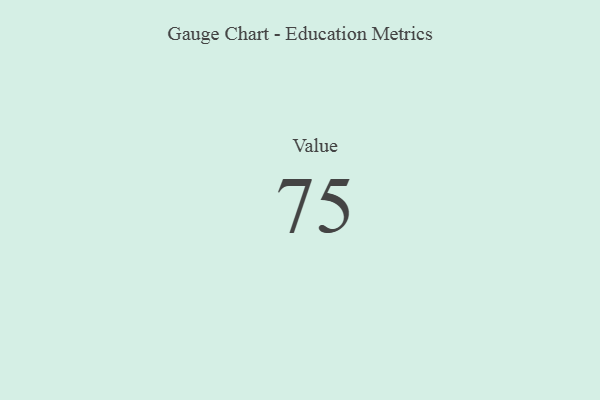
{"axis": {"x": "Metric", "y": "Value"}, "legend": [""], "data": [{"x": "Value", "y": 75, "type": ""}]}